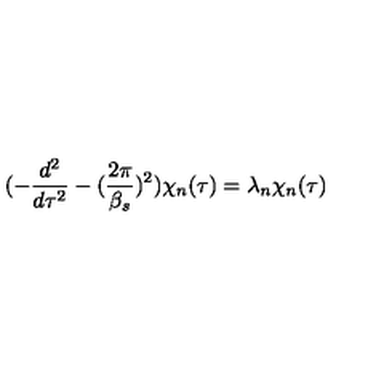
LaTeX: ( - \frac { d ^ { 2 } } { d \tau ^ { 2 } } - ( \frac { 2 \pi } { \beta _ { s } } ) ^ { 2 } ) \chi _ { n } ( \tau ) = \lambda _ { n } \chi _ { n } ( \tau )